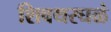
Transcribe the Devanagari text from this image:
शिवथरघळं